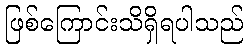
ဖြစ်ကြောင်းသိရှိရပါသည်